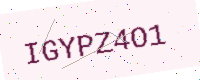
Text: IGYPZ4O1